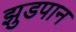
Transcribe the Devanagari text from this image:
झुडपान